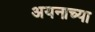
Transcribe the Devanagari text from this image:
अयनाच्या